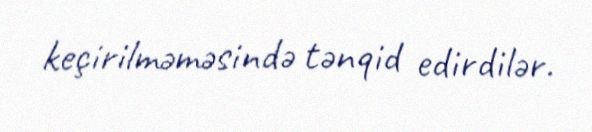
keçirilməməsində tənqid edirdilər.